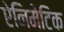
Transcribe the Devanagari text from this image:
ऐनिमेटिक